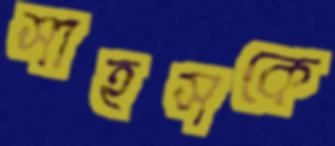
সাহসকে